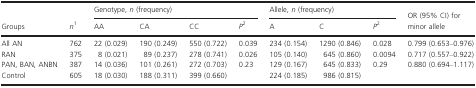
<table><thead><tr><td></td><td></td><td colspan="4"><b>Genotype, <i>n</i> (frequency)</b></td><td colspan="3"><b>Allele, <i>n</i> (frequency)</b></td><td></td></tr><tr><td><b>Groups</b></td><td><b><i>n</i>1</b></td><td><b>AA</b></td><td><b>CA</b></td><td><b>CC</b></td><td><b><i>P</i>2</b></td><td><b>A</b></td><td><b>C</b></td><td><b><i>P</i>2</b></td><td><b>OR (95% CI) for minor allele</b></td></tr></thead><tbody><tr><td>All AN</td><td>762</td><td>22 (0.029)</td><td>190 (0.249)</td><td>550 (0.722)</td><td>0.039</td><td>234 (0.154)</td><td>1290 (0.846)</td><td>0.028</td><td>0.799 (0.653–0.976)</td></tr><tr><td>RAN</td><td>375</td><td>8 (0.021)</td><td>89 (0.237)</td><td>278 (0.741)</td><td>0.026</td><td>105 (0.140)</td><td>645 (0.860)</td><td>0.0094</td><td>0.717 (0.557–0.922)</td></tr><tr><td>PAN, BAN, ANBN</td><td>387</td><td>14 (0.036)</td><td>101 (0.261)</td><td>272 (0.703)</td><td>0.23</td><td>129 (0.167)</td><td>645 (0.833)</td><td>0.29</td><td>0.880 (0.694–1.117)</td></tr><tr><td>Control</td><td>605</td><td>18 (0.030)</td><td>188 (0.311)</td><td>399 (0.660)</td><td></td><td>224 (0.185)</td><td>986 (0.815)</td><td></td><td></td></tr></tbody></table>